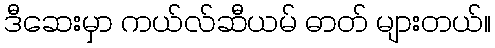
ဒီဆေးမှာ ကယ်လ်ဆီယမ် ဓာတ် များတယ်။